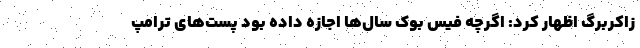
زاکربرگ اظهار کرد: اگرچه فیس بوک سال‌ها اجازه داده بود پست‌های ترامپ